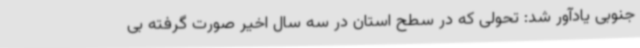
جنوبی یادآور شد: تحولی که در سطح استان در سه سال اخیر صورت گرفته بی